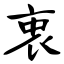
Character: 衷